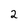
Character: 2